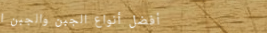
أفضل أنواع الجبن والجبن ا